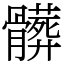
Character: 髒